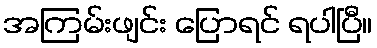
အကြမ်းဖျင်း ပြောရင် ရပါပြီ။